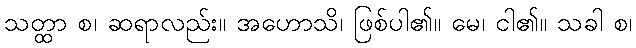
သတ္ထာ စ၊ ဆရာလည်း။ အဟောသိ၊ ဖြစ်ပါ၏။ မေ၊ ငါ၏။ သခါ စ၊